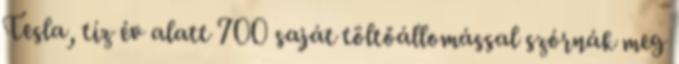
Tesla, tíz év alatt 700 saját töltőállomással szórnák meg